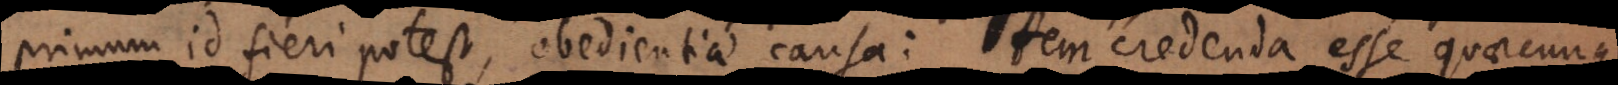
primum id fieri potest, obedientiae causa: Item credenda esse quaecunque